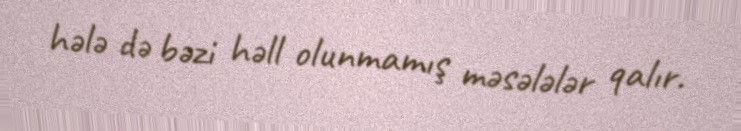
hələ də bəzi həll olunmamış məsələlər qalır.